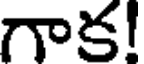
గాక!